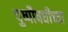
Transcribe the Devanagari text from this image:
पुष्पौषधीच्या